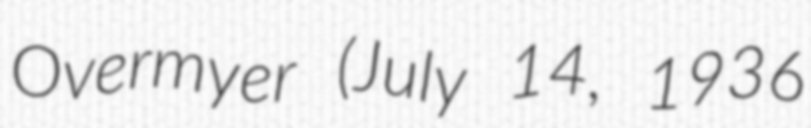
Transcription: Overmyer (July 14, 1936